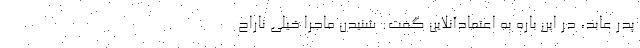
پدر عابد، در این باره به اعتمادآنلاین گفت: شنیدن ماجرا خیلی ناراح